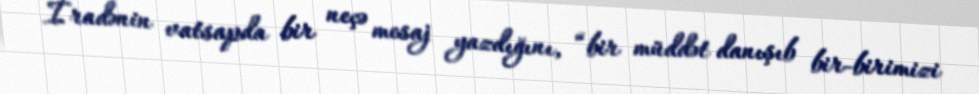
İradənin vatsapda bir neçə mesaj yazdığını, “bir müddət danışıb bir-birimizi